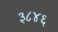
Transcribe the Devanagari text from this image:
३८४६